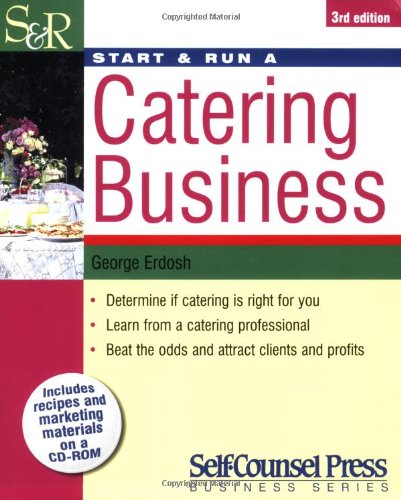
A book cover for Start & Run a Catering Business; George Erdosh; Cookbooks, Food & Wine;